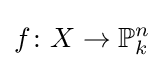
f\colon X\to \mathbb {P} _{k}^{n}